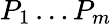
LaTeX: P_{1}\ldots P_{m}